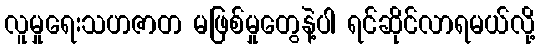
လူမှုရေးသဟဇာတ မဖြစ်မှုတွေနဲ့ပါ ရင်ဆိုင်လာရမယ်လို့